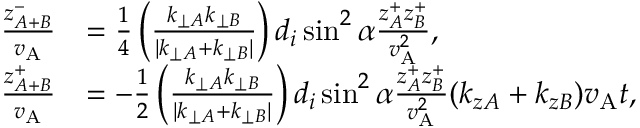
\begin{array} { r l } { \frac { z _ { A + B } ^ { - } } { v _ { \mathrm { A } } } } & { = \frac { 1 } { 4 } \left( \frac { k _ { \perp A } k _ { \perp B } } { | \boldsymbol { k } _ { \perp A } + \boldsymbol { k } _ { \perp B } | } \right) d _ { i } \sin ^ { 2 } \alpha \frac { z _ { A } ^ { + } z _ { B } ^ { + } } { v _ { \mathrm { A } } ^ { 2 } } , } \\ { \frac { z _ { A + B } ^ { + } } { v _ { \mathrm { A } } } } & { = - \frac { 1 } { 2 } \left( \frac { k _ { \perp A } k _ { \perp B } } { | \boldsymbol { k } _ { \perp A } + \boldsymbol { k } _ { \perp B } | } \right) d _ { i } \sin ^ { 2 } \alpha \frac { z _ { A } ^ { + } z _ { B } ^ { + } } { v _ { \mathrm { A } } ^ { 2 } } ( k _ { z A } + k _ { z B } ) v _ { \mathrm { A } } t , } \end{array}